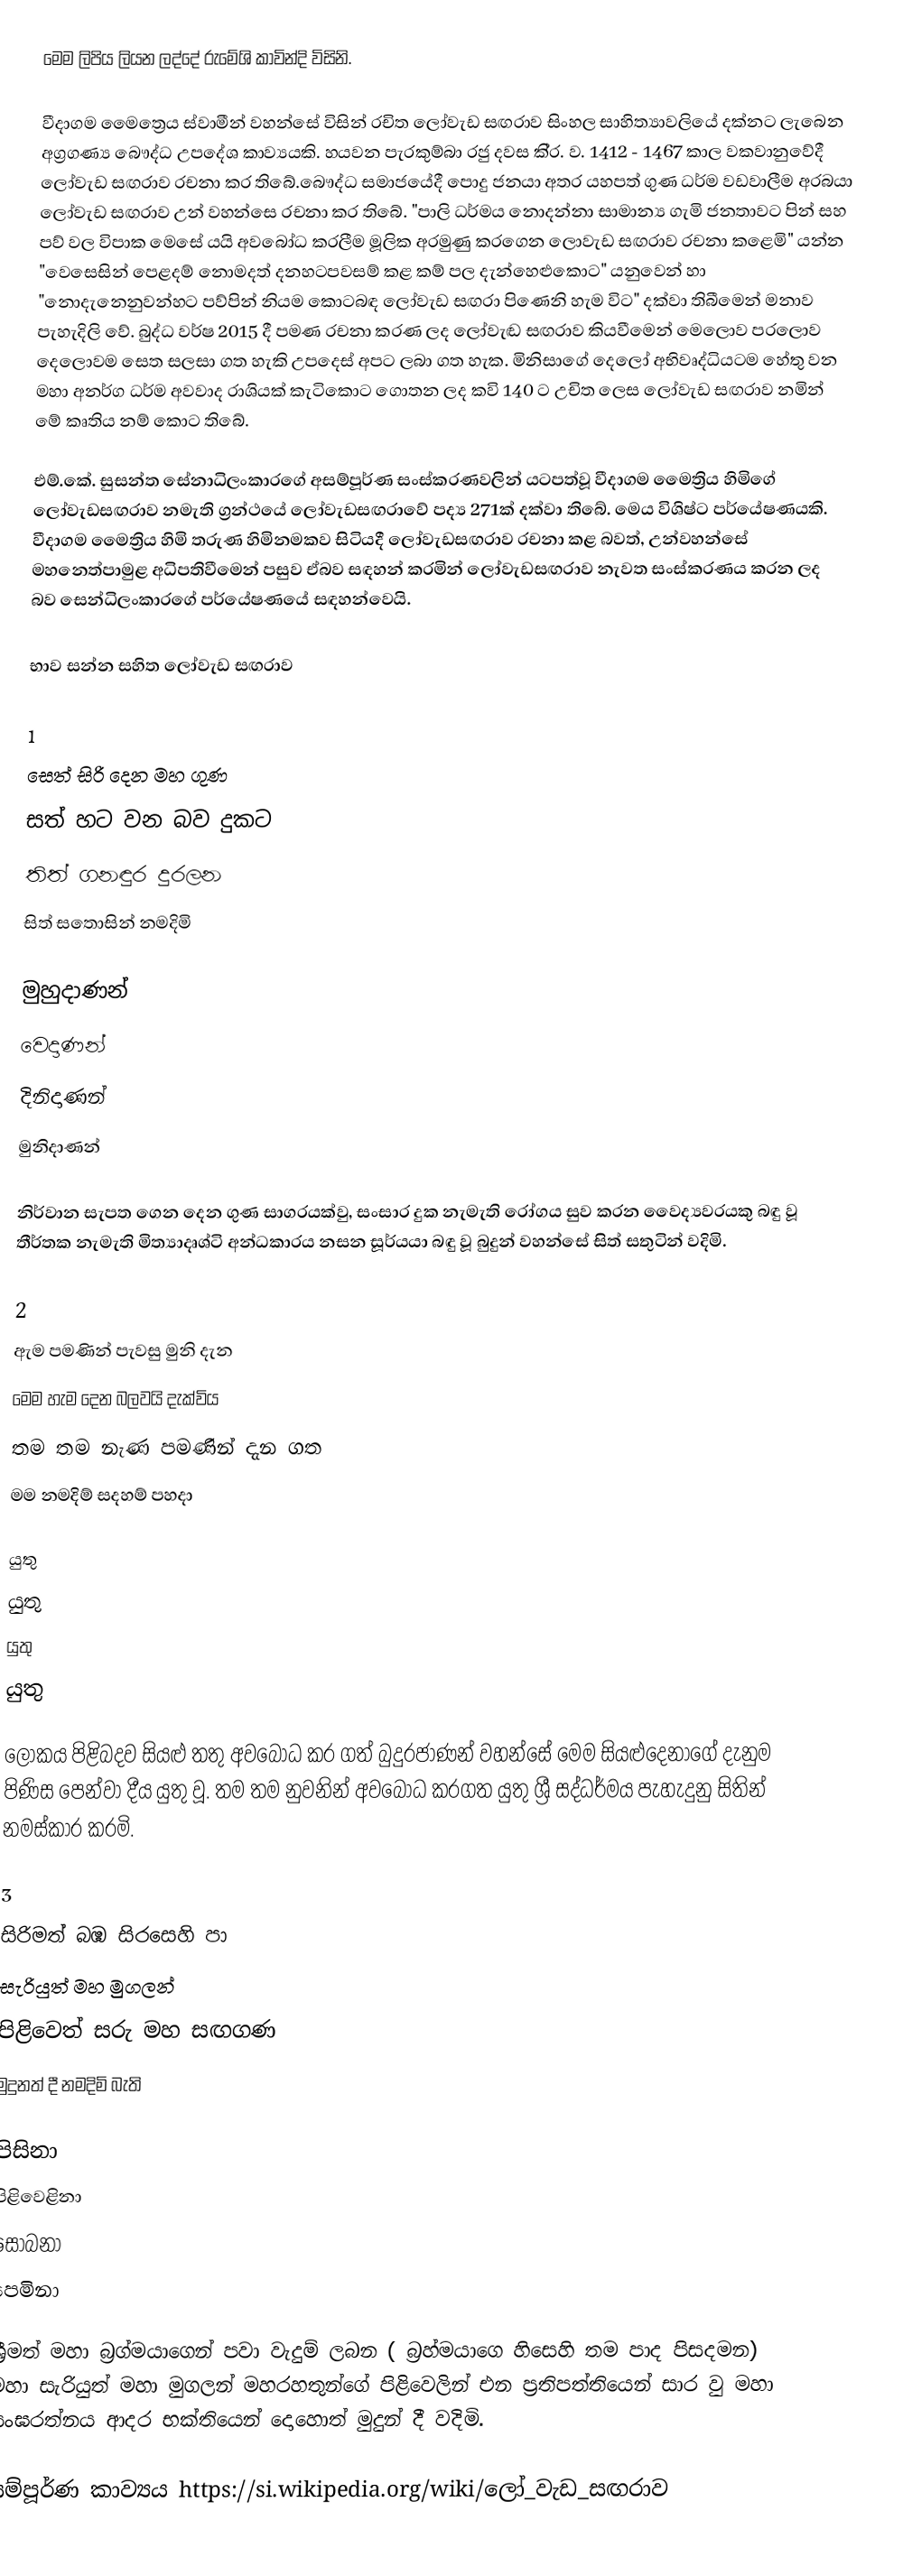
මෙම ලිපිය ලියන ලද්දේ රුමේශි කාවින්දි විසිනි.

වීදාගම මෛත්‍රෙය ස්වාමීන් වහන්සේ විසින් රචිත ලෝවැඩ සඟරාව සිංහල සාහිත්‍යාවලියේ දක්නට ලැබෙන අග්‍රගණ්‍ය බෞද්ධ උපදේශ කාව්‍යයකි. හයවන පැරකුම්බා රජු දවස කි‍්‍ර. ව. 1412 - 1467 කාල වකවානුවේදී ලෝවැඩ සඟරාව රචනා කර තිබේ.බෞද්ධ සමාජයේදී පොදු ජනයා අතර යහපත් ගුණ ධර්ම වඩවාලීම අරබයා ලෝවැඩ සඟරාව උන් වහන්සෙ රචනා කර තිබේ. "පාලි ධර්මය නොදන්නා සාමාන්‍ය ගැමි ජනතාවට පින් සහ පව් වල විපාක මෙසේ යයි අවබෝධ කරලීම මූලික අරමුණු කරගෙන ලොවැඩ සඟරාව රචනා කළෙමි" යන්න "වෙසෙසින් පෙළදම් නොමදත් දනහටපවසම් කළ කම් පල දැන්හෙළුකොට" යනුවෙන් හා "නොදැනෙනුවන්හට පව්පින් නියම කොටබඳ ලෝවැඩ සඟරා පිණෙනි හැම විට" දක්වා තිබීමෙන් මනාව පැහැදිලි වේ. බුද්ධ වර්ෂ 2015 දී පමණ රචනා කරණ ලද ලෝවැඬ සඟරාව කියවීමෙන් මෙලොව පරලොව දෙලොවම සෙත සලසා ගත හැකි උපදෙස් අපට ලබා ගත හැක. මිනිසාගේ දෙලෝ අභිවෘද්ධියටම හේතු වන මහා අනර්ග ධර්ම අවවාද රාශියක් කැටිකොට ගොතන ලද කවි 140 ට උචිත ලෙස ලෝවැඩ සඟරාව නමින් මේ කෘතිය නම් කොට තිබේ.

එම්.කේ. සුසන්ත සේනාධිලංකාරගේ  අසම්පූර්ණ සංස්කරණවලින් යටපත්වූ වීදාගම මෛත්‍රිය හිමිගේ ලෝවැඩසඟරාව නමැති ග්‍රන්ථයේ ලෝවැඩසඟරාවේ පද්‍ය 271ක් දක්වා තිබේ. මෙය විශිෂ්ට පර්යේෂණයකි. වීදාගම මෛත්‍රිය හිමි තරුණ හිමිනමකව සිටියදී ලෝවැඩසඟරාව රචනා කළ බවත්, උන්වහන්සේ මහනෙත්පාමුළ අධිපතිවීමෙන් පසුව ඒබව සඳහන් කරමින් ලෝවැඩසඟරාව නැවත සංස්කරණය කරන ලද බව සෙන්ධිලංකාරගේ පර්යේෂණයේ සඳහන්වෙයි.

භාව සන්න සහිත ලෝවැඩ සඟරාව

1
      සෙත් සිරි දෙන මහ ගුණ
    සත් හට වන බව දුකට
    තිත් ගනඳුර දුරලන
    සිත් සතොසින් නමදිමි

      මුහුදාණන්
    වෙදාණන්
    දිනිදාණන්
    මුනිදාණන්

නිර්වාන සැපත ගෙන දෙන ගුණ සාගරයක්වු, සංසාර දුක නැමැති රෝගය සුව කරන වෛද්‍යවරයකු බඳු වූ තීර්තක නැමැති මිත්‍යාදෘශ්ටි අන්ධකාරය නසන සූර්යයා බඳු වූ බුදුන් වහන්සේ සිත් සතුටින් වදිමි.

2
      ඇම පමණින් පැවසු මුනි දැන
    මෙම හැම දෙන බලවයි දැක්විය
    තම තම නැණ පමණින් දැන ගත
    මම නමදිම් සදහම් පහදා

      යුතු
    යුතු
    යුතු
    යුතු

ලෝකය පිළිබදව සියළු තතු අවබෝධ කර ගත් බුදුරජාණන් වහන්සේ මෙම සියළුදෙනාගේ දැනුම පිණිස පෙන්වා දීය යුතු වූ. තම තම නුවනින් අවබෝධ කරගත යුතු ශ්‍රී සද්ධර්මය පැහැදුනු සිතින් නමස්කාර කරමි.

3
      සිරිමත් බඹ සිරසෙහි පා
    සැරියුත් මහ මුගලන්
    පිළිවෙත් සරු මහ සඟගණ
    මුදුනත් දී නමදිමි බැති

      පිසිනා
    පිළිවෙළිනා
    සොබනා
    පෙමිනා

ශ්‍රීමත් මහා බ්‍රග්මයාගෙන් පවා වැදුම් ලබන ( බ්‍රහ්මයාගෙ හිසෙහි තම පාද පිසදමන) මහා සැරියුත් මහා මුගලන් මහරහතුන්ගේ පිළිවෙලින් එන ප්‍රතිපත්තියෙන් සාර වු මහා සංඝරත්නය ආදර භක්තියෙන් දොහොත් මුදුන් දී වදිමි.

සම්පූර්ණ කාව්‍යය  https://si.wikipedia.org/wiki/ලෝ_වැඩ_සඟරාව